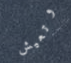
وتعيش